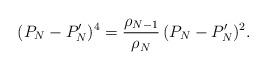
LaTeX: \begin{align*} (P_{N} - P_{N}' )^4 = \frac{\rho_{N-1}}{\rho_{N}} \, (P_{N} - P_{N}' )^2 .\end{align*}